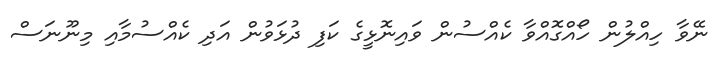
ނޭވާ ހިއްލުން ހޯއްގޮއްވާ ކެއްސުން ވައިނޮޅީގެ ކަފި ދުޅަވުން އަދި ކެއްސުމާއި މިނޫނަސް